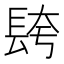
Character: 𮣼